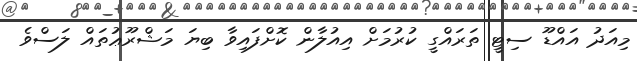
މިއަދު އައްޑޫ ސިޓީ ތަރައްގީ ކުރުމަށް އިއުލާން ކޮށްފައިވާ ބިޔަ މަޝްރޫޢުތައް ލަސްވެ